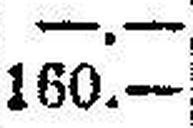
160.—